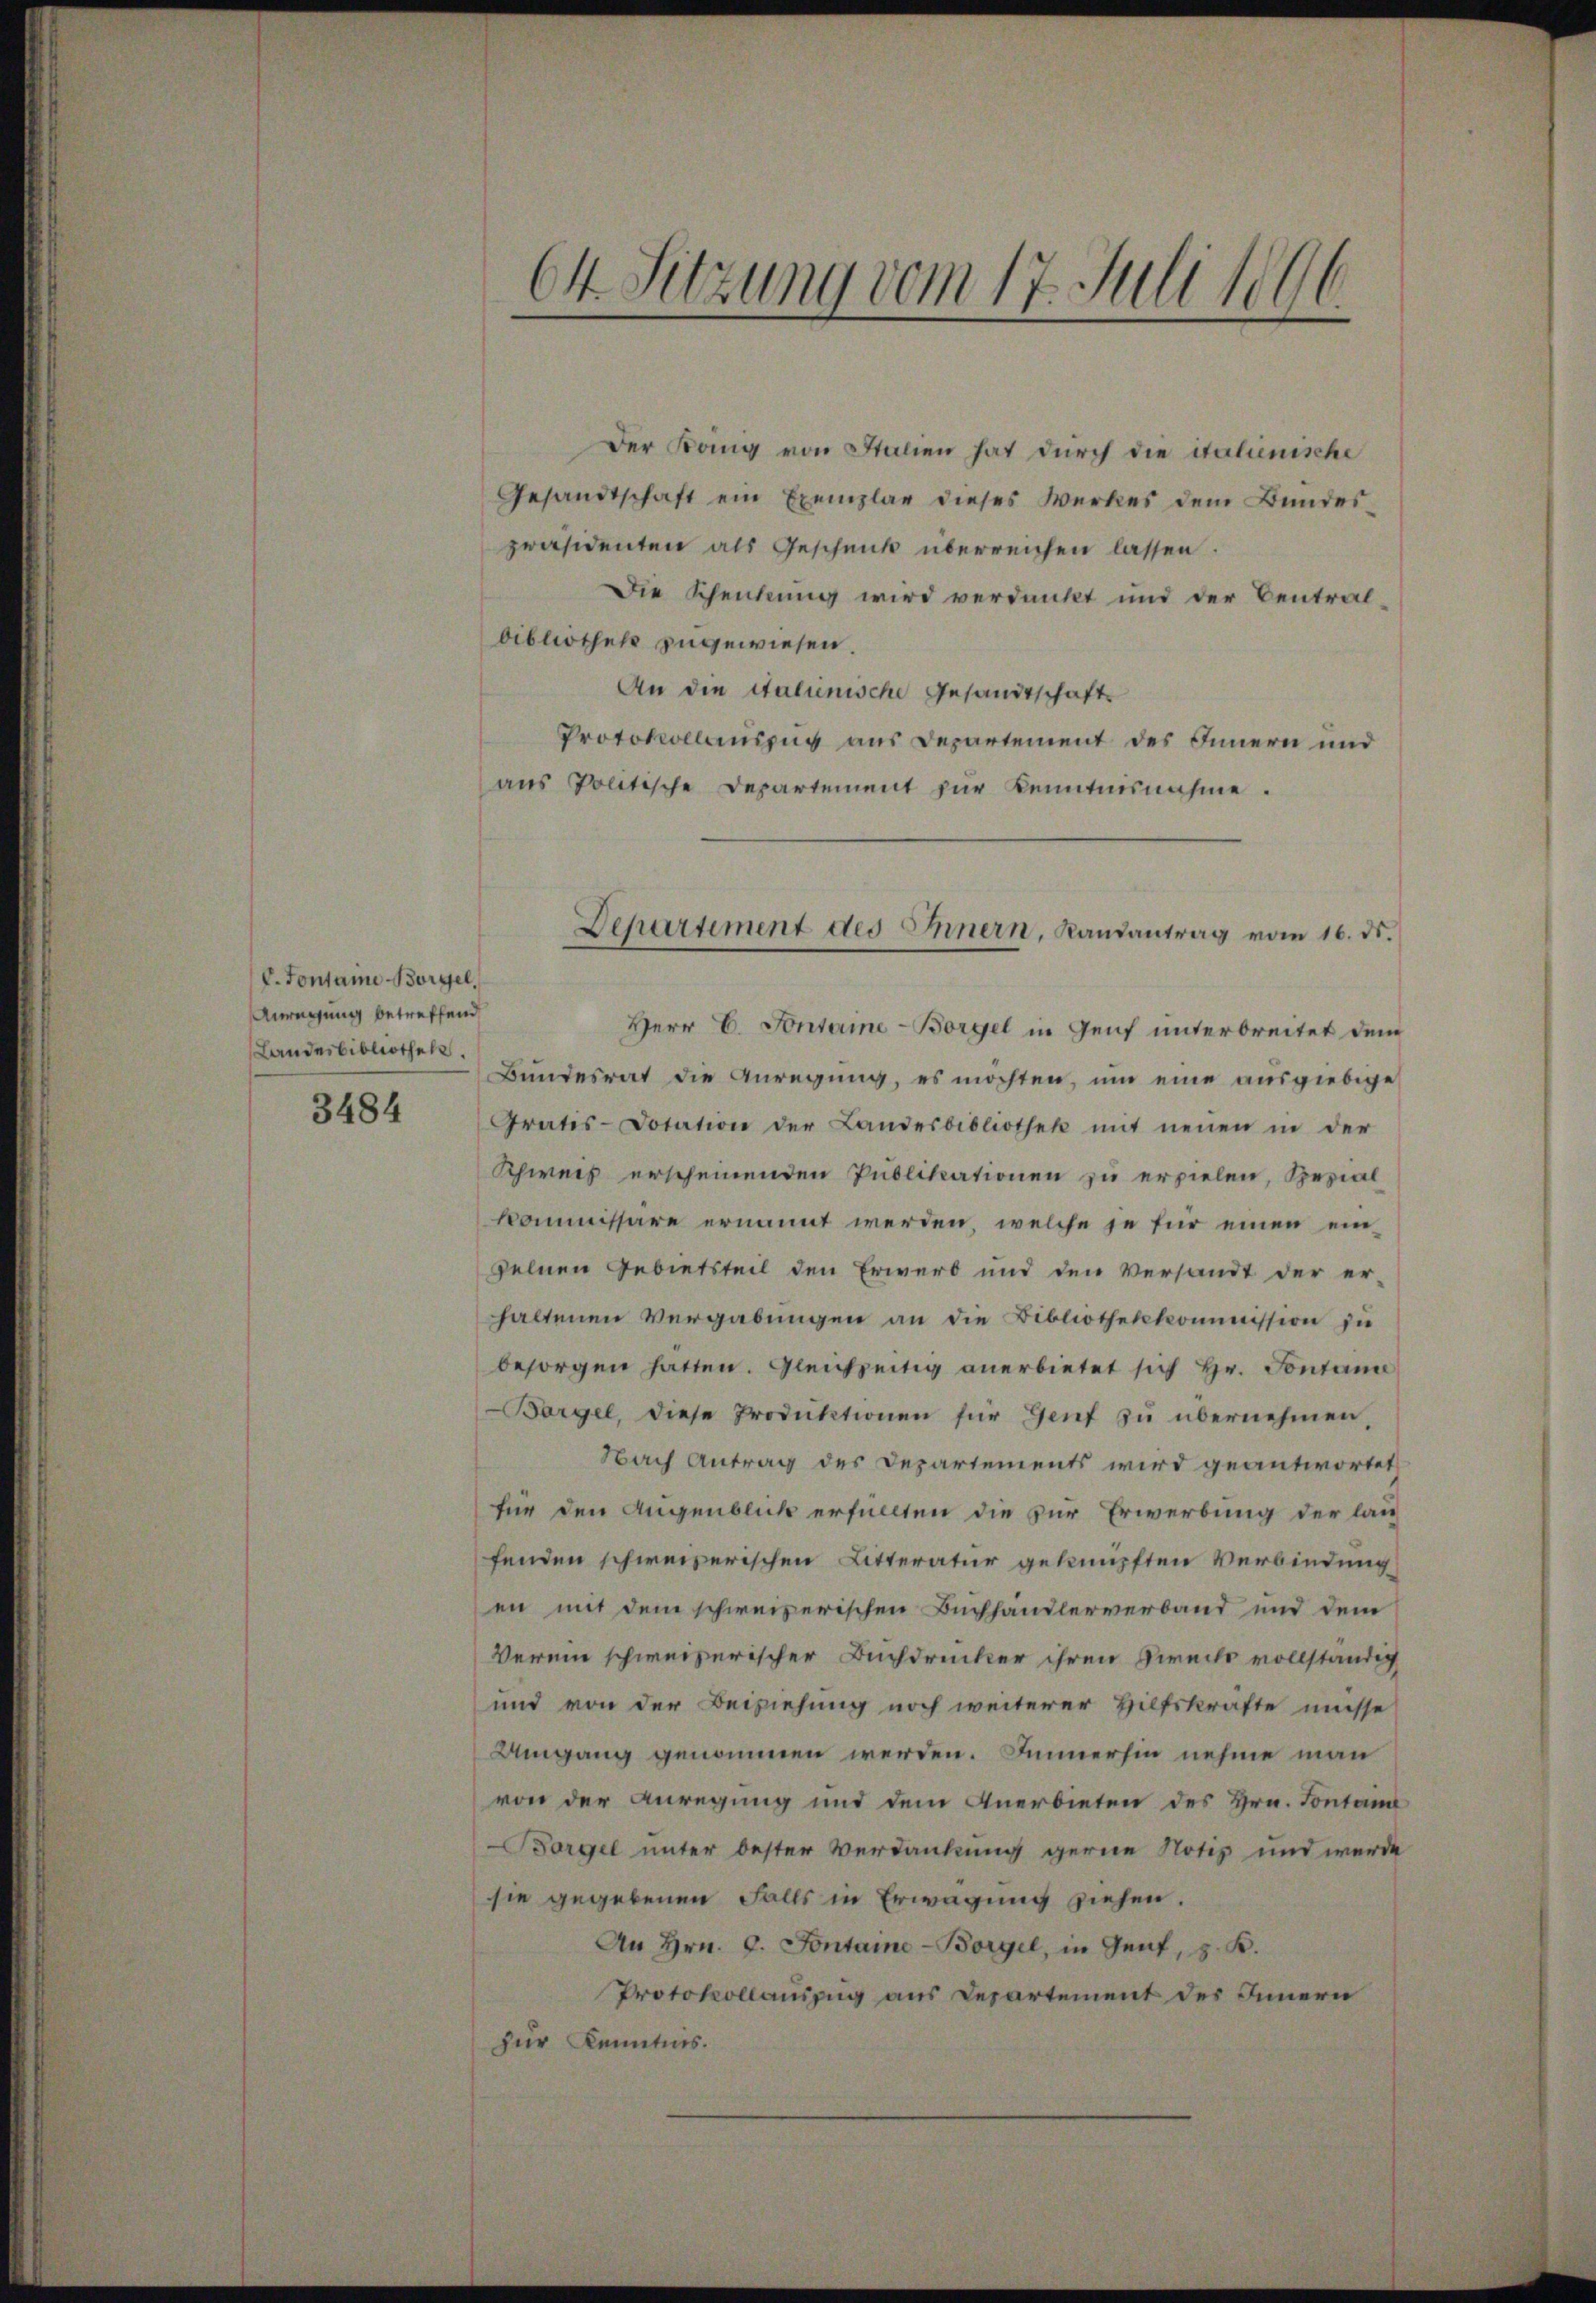
V. Tonsame Borgel
Anregung betreffend
Landesbibliothek.

3484

64 Sitzung vom 17. Juli 1896.

Der Köng von Italien hat durch die italienische
Gesandtschaft ein Exemplar dieses Werkes dem Bundes-
präsidenten als Geschenk überreichen lassen.
Die Schenkung wird verdankt und der Centralbibliothek zugewiesen.
An die italienische Gesandtschaft
Protokollauszug aus Departement des Innern und
aus Politische Departement zur Kenntnisnahme.

Herr E. Sontaine-Borgel in Genf unterbreitet dem
Bundesrat die Anregung, es möchten, um eine ausgiebige
Gratis-Dotation der Landesbibliothek mit neuen in der
Schweis erscheinenden Publikationen zu erpielen, Serial
kommissäre ernannt werden, welche je für einen einzelnen Gebietsteil den Erwerb und den Versandt der er-
haltenen Vergabungen an die Bibliothekkommission zu
besorgen hatten. Gleichzeitig anerbietet sich hr. Sontani
Borgel, diese Produktionen für Genf zu übernehmen,
Nach Antrag des Departements wird geantwortet
für den Augenblick erfüllten die zur Erwerbung der lang
fenden schweizerischen Litteratur geknüpften Verbindung
en mit dem schweizerischen Buchhandlerverband und dem
Verein schweizerischer Buchdrucker ihren Direchs vollständig
und von der Beiziehung noch weiterer Hilfskräfte müsse
Umgang genommen werden. Jennerhin nehme man
von der Anregung und dem Anerbieten des Hrn. Fontant
Borgel unter bester Verdankung gerne Notiz und werde
sie gegebenen Falls in Erwägung ziehen.
An Hrn. 9. Fontaine-Borgel, in Gent, z. K.
Protokollauszug aus Departement des Innern
zur Kenntnis.

Departiment des Innern, Randantrag vom 16. ds.